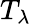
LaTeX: T_{\lambda}